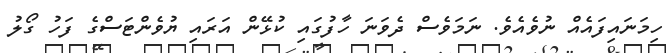
ހިމަނައިފައެއް ނުވެއެވެ. ނަމަވެސް ދެވަނަ ހާފުގައި ކުޅޭން އަރައި ޔުވެންޓަސްގެ ފަހު ގޯލު